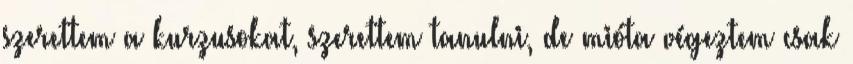
szerettem a kurzusokat, szerettem tanulni, de mióta végeztem csak